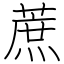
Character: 蔗